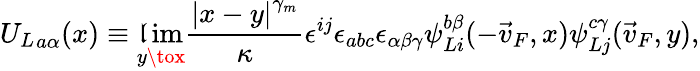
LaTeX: {U_{L}}_{a\alpha}(x)\equiv\operatorname*{\mathfrak{l}im}_{y\tox}{\frac{{\left|x-y\right|^{\gamma_{m}}}}{{\kappa}}}\epsilon^{ij}\epsilon_{abc}\epsilon_{\alpha\beta\gamma}\psi_{Li}^{b\beta}(-\vec{{v}}_{F},x)\psi_{Lj}^{c\gamma}(\vec{{v}}_{F},y),